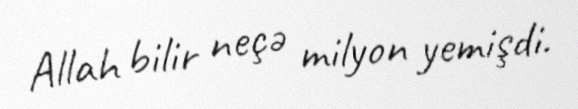
Allah bilir neçə milyon yemişdi.